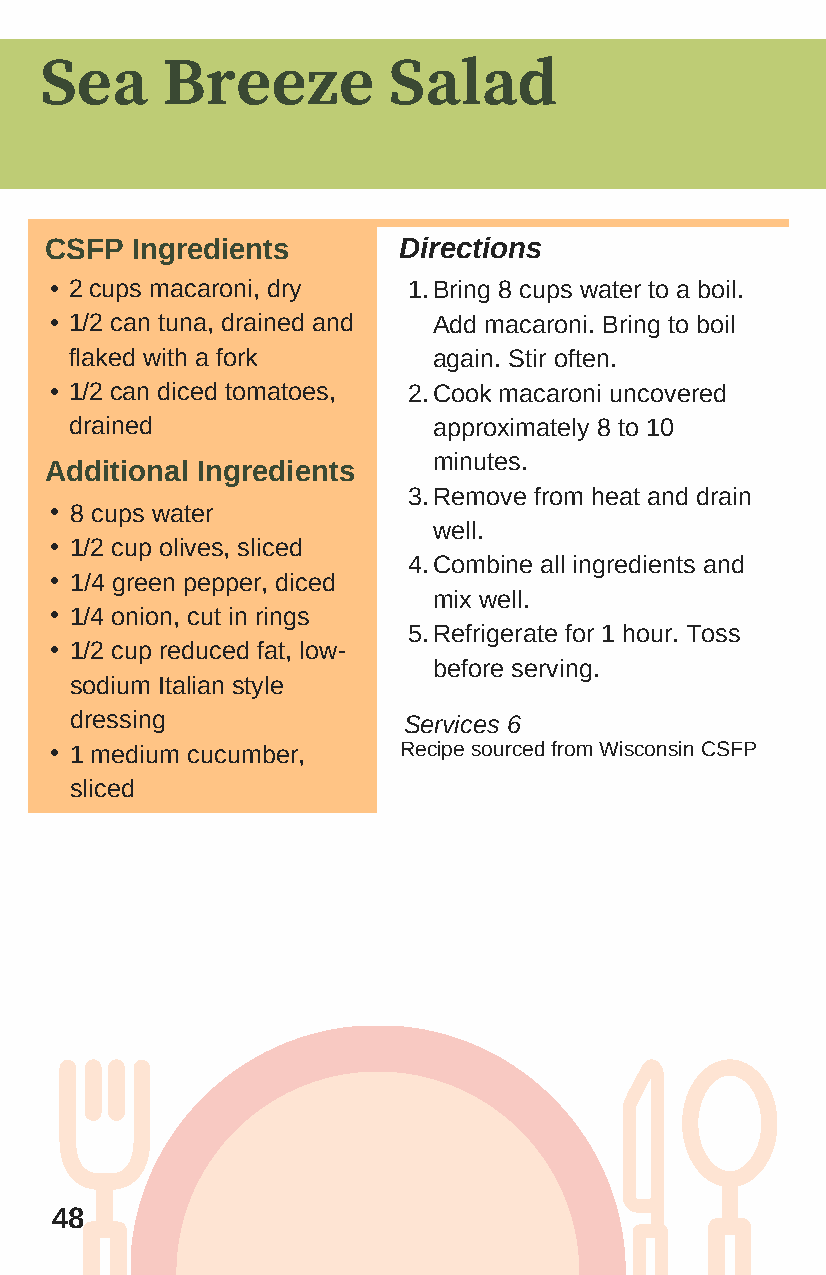
Sea     Breeze         Salad
 CSFP  Ingredients      Directions
 • 2 cups macaroni, dry  1. Bring 8 cups water to a boil.
 • 1/2 can tuna, drained and Add macaroni. Bring to boil
 flaked with a fork      again. Stir often.
 • 1/2 can diced tomatoes, 2. Cook macaroni uncovered
 drained                 approximately 8 to 10
 minutes.
 Additional Ingredients
 3. Remove from heat and drain
 • 8 cups water
 well.
 • 1/2 cup olives, sliced
 4. Combine all ingredients and
 • 1/4 green pepper, diced
 mix well.
 • 1/4 onion, cut in rings
 5.Refrigerate for 1 hour. Toss
 • 1/2 cup reduced fat, low-
 before serving.
 sodium Italian style
 dressing              Services 6
 • 1 medium cucumber,   Recipe sourced from Wisconsin CSFP
 sliced
 48